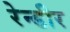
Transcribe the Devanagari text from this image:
रेन्डीर